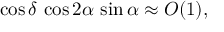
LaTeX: \cos \delta \, \cos 2 \alpha \, \sin \alpha \approx { \cal O } ( 1 ) ,